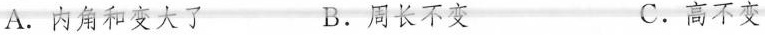
A.内角和变大了 B.周长不变 C.高不变